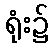
ရုံး၌